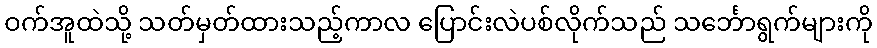
ဝက်အူထဲသို့ သတ်မှတ်ထားသည့်ကာလ ပြောင်းလဲပစ်လိုက်သည် သင်္ဘောရွက်များကို